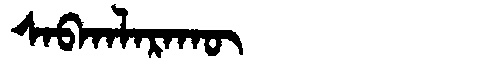
Manchu: ᠰᠠᠪᡴᠠᠯᠠᡵᠠᡴᡡ
Romanization: SABKALARAKŪ